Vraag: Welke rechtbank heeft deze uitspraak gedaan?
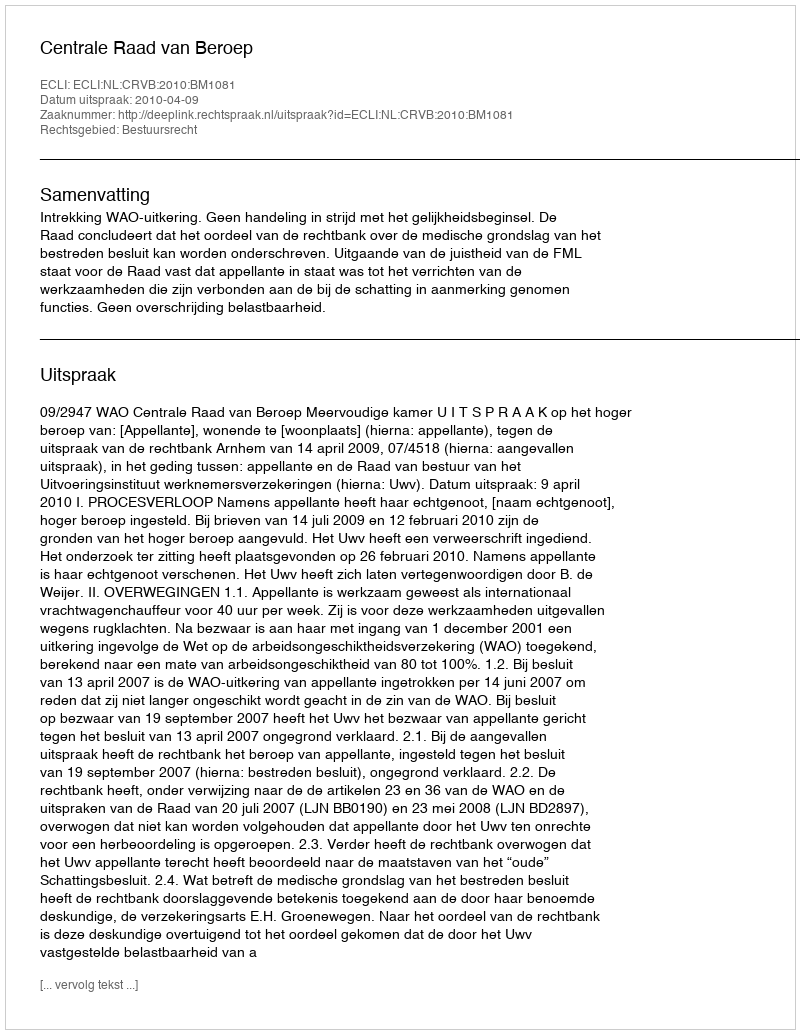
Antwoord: Centrale Raad van Beroep